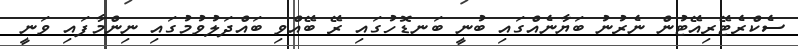
ސެކްރެޓޭރިއޭޓުން ނެރުނު ބަޔާނެއްގައި ބުނީ ބަނޑޮހުގައި ރޭ ބޭއްވި ބައްދަލުވުމުގައި ނިންމާފައި ވަނީ